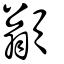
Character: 𩔚